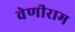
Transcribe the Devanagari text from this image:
वेणीराम